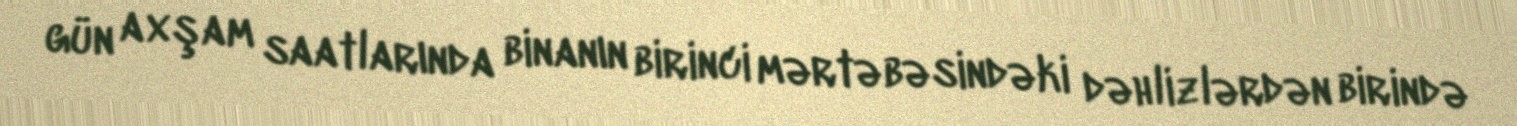
gün axşam saatlarında binanın birinci mərtəbəsindəki dəhlizlərdən birində